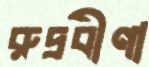
রুদ্রবীণা